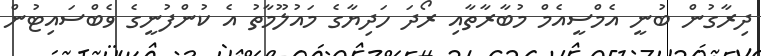
ދިރާގުން ބުނީ އެމްސީއެމް މުބާރާތާއި ރޯދަ ހަދިޔާގެ މައުލޫމާތު އެ ކުންފުނީގެ ވެބްސައިޓުން